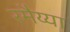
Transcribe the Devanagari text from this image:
रमैय्या